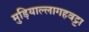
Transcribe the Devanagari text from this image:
मुड़ियाल्लागहवट्टा